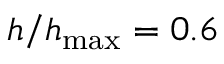
h / h _ { \mathrm { m a x } } = 0 . 6